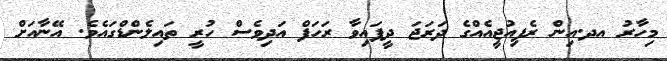
މިހާރު އދ.އިން ރެފިއުޖީއެއްގެ ދަރަޖަ ދީފައިވާ ރަހަފް އަދިވެސް ހުރީ ތައިލެންޑްގައެވެ. އޭނާއަށް